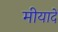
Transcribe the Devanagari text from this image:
मीयादें